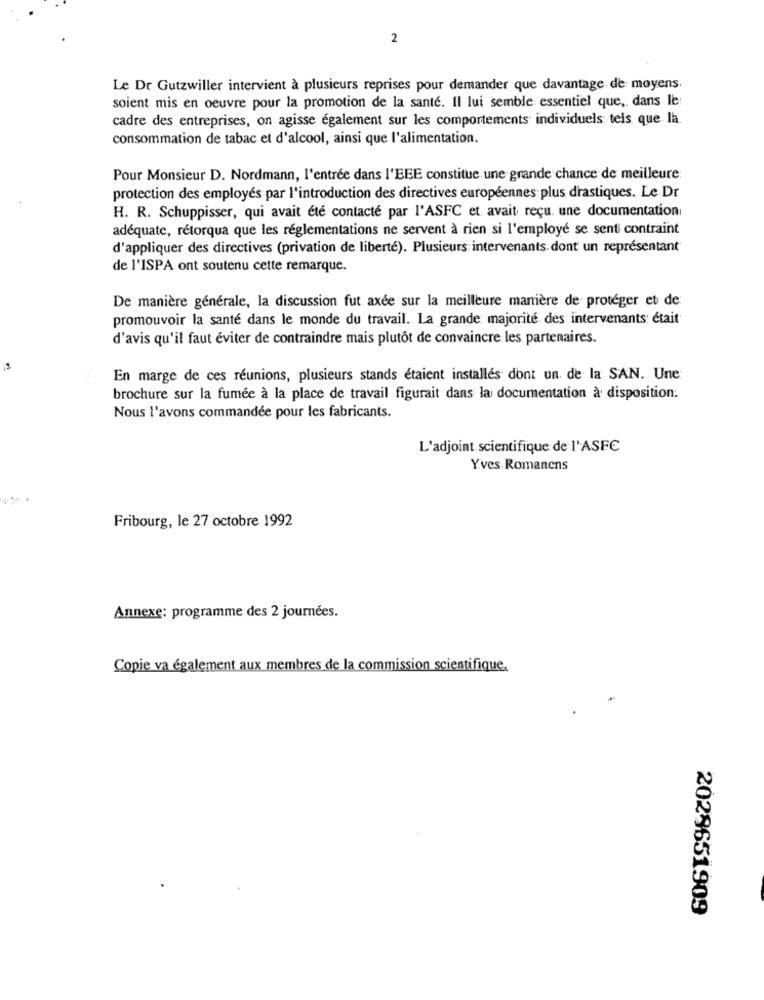
2
Le Dr Gutzwiller intervient à plusieurs reprises pour demander que davantage de: moyens.
soient mis en oeuvre pour la promotion de la santé. Il lui semble essentiel que, dans le:
cadre des entreprises, on agisse également sur les comportements individuels teis que la.
consommation de tabac et d'alcool, ainsi que l'alimentation.
Pour Monsieur D. Nordmann, l'entrée dans l'BEE constitue une grande chance de meilleure;
protection des employés par l'introduction des directives européennes plus drastiques. Le Dr
H. R. Schuppisser, qui avait été contacté par l'ASFC et avait reçu. une documentation
adéquate, rétorqua que les réglementations ne servent à rien si l'employé se senti contraint
d'appliquer des directives (privation de liberté). Plusieurs intervenants. dont un représentant
de l'ISPA ont soutenu cette remarque.
De manière générale, la discussion fut axée sur la meilleure manière de protéger et de
promouvoir la santé dans le monde du travail. La grande majorité des intervenants: était
d'avis qu'il faut éviter de contraindre mais plutôt de convaincre les partenaires.
En marge de ces réunions, plusieurs stands étaient installés dont un. de la SAN. Une
brochure sur la fumée à la place de travail figurait dans la documentation à disposition:
Nous l'avons commandée pour les fabricants.
L'adjoint scientifique de l'ASFC
Yves. Romanens
Fribourg, le 27 octobre 1992
Annexe: programme des 2 journées.
Copie va également aux membres de la commission scientifique.
2028651909